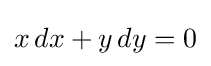
x\,dx+y\,dy=0